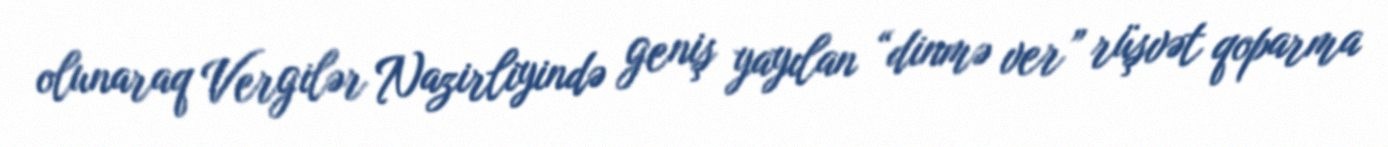
olunaraq Vergilər Nazirliyində geniş yayılan “dinmə ver” rüşvət qoparma